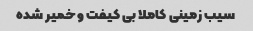
سیب زمینی کاملا بی کیفت و خمیر شده